Elephants and their diseases
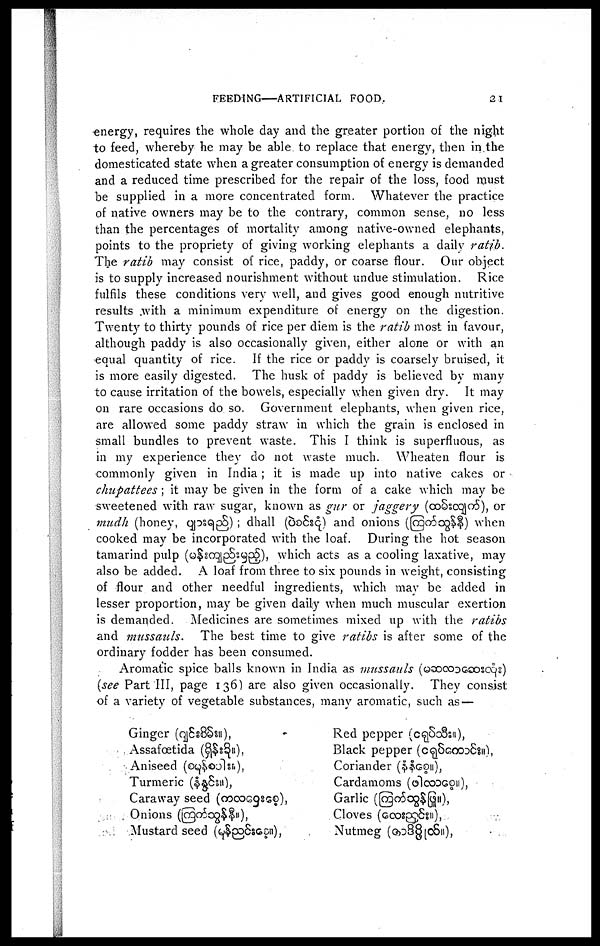
FEEDING—ARTIFICIAL FOOD.
21
energy, requires the whole day and the greater portion of the night
to feed, whereby he may be able to replace that energy, then in the
domesticated state when a greater consumption of energy is demanded
and a reduced time prescribed for the repair of the loss, food must
be supplied in a more concentrated form. Whatever the practice
of native owners may be to the contrary, common sense, no less
than the percentages of mortality among native-owned elephants,
points to the propriety of giving working elephants a daily ratib.
The ratib may consist of rice, paddy, or coarse flour. Our object
is to supply increased nourishment without undue stimulation. Rice
fulfils these conditions verv well, and gives good enough nutritive
results with a minimum expenditure of energy on the digestion.
Twenty to thirty pounds of rice per diem is the ratib most in favour,
although paddy is also occasionally given, either alone or with an
equal quantity of rice. If the rice or paddy is coarsely bruised, it
is more easily digested. The husk of paddy is believed by many
to cause irritation of the bowels, especially when given dry. It may
on rare occasions do so. Government elephants, when given rice,
are allowed some paddy straw in which the grain is enclosed in
small bundles to prevent waste. This I think is superfluous, as
in my experience they do not waste much. Wheaten flour is
commonly given in India ; it is made up into native cakes or
chupattees ; it may be given in the form of a cake which may be
sweetened with raw sugar, known as gur or jaggery (
), or
mudh (honey,
) ; dhall (
) and onions (
) when
cooked may be incorporated with the loaf. During the hot season
tamarind pulp (
), which acts as a cooling laxative, may
also be added. A loaf from three to six pounds in weight, consisting
of flour and other needful ingredients, which may be added in
lesser proportion, may be given daily when much muscular exertion
is demanded. Medicines are sometimes mixed up with the ratibs
and mussauls.
The best time to give ratibs is after some of the
ordinary fodder has been consumed.
Aromatic spice balls known in India as mussauls (
)
(see Part III, page I 36) are also given occasionally. They consist
of a variety of vegetable substances, many aromatic, such as —
Ginger (
),
Assafœtida (
),
Aniseed (
),
Turmeric (
),
Caraway seed (
),
Onions (
),
Mustard seed (
),
Red pepper (
),
Black pepper (
),
Coriander (
),
Cardamoms (
),
Garlic (
),
Cloves (
),
Nutmeg (
),